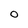
Character: O